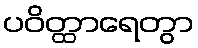
ပဝိတ္ထာရေတွာ